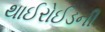
થાઈરોઈડની